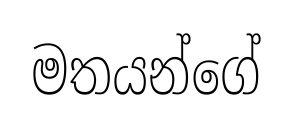
මතයන්ගේ